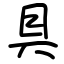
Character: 具